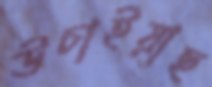
উচাইয়াছ